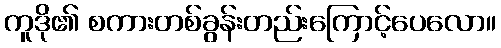
ကူဒို၏ စကားတစ်ခွန်းတည်းကြောင့်ပေလော။